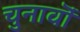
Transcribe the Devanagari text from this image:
चुनावॊं